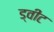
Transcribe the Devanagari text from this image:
ड्वीट